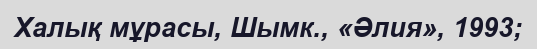
Халық мұрасы, Шымк., «Әлия», 1993;